Indian Civil Veterinary Department memoirs
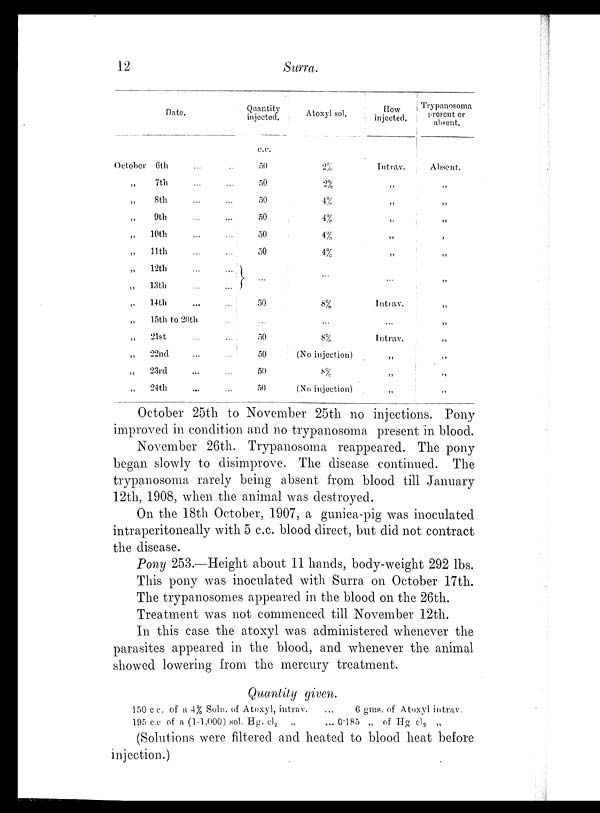
12
Surra.
Date.
October 6th ... ...
„ 7th ... ...
„ 8th ... ...
„ 9th ... ...
„ 10th ... ...
„ 11th ... ...
„
12th ... ...
„
13th ... ...
„
14th ... ...
„
15th to 20th ...
„
21st
...
...
„
22nd
...
...
„
23rd ... ...
„
24th
... ...
Quantity
injected.
c.c.
50
50
50
50
50
50
...
50
...
50
50
50
50
Atoxyl sol.
2%
2%
4%
4%
4%
4%
...
8%
...
8%
(No injection)
8%
(No injection)
How
injected.
Intrav.
„
„
„
„
„
...
Intrav.
...
Intrav.
„
„
„
Trypanosoma
present or
absent.
Absent.
„
„
„
„
„
„
„
„
„
„
„
„
October 25th to November 25th no injections. Pony
improved in condition and no trypanosoma present in blood.
November 26th. Trypanosoma reappeared. The pony
began slowly to disimprove. The disease continued. The
trypanosoma rarely being absent from blood till January
12th, 1908, when the animal was destroyed.
On the 18th October, 1907, a guniea-pig was inoculated
intraperitoneally with 5 c.c. blood direct, but did not contract
the disease.
Pony 253.—Height about 11 hands, body-weight 292 lbs.
This pony was inoculated with Surra on October 17th.
The trypanosomes appeared in the blood on the 26th.
Treatment was not commenced till November 12th.
In this case the atoxyl was administered whenever the
parasites appeared in the blood, and whenever the animal
showed lowering from the mercury treatment.
Quantity given.
150 c c. of a 4% Soln. of Atoxyl, intrav.
...
6 gms. of Atoxyl intrav.
195 c.c of a (1-1,000) sol. Hg. cl 2
„
... 0.185 „ of Hg cl 2 „
(Solutions were filtered and heated to blood heat before
injection.)